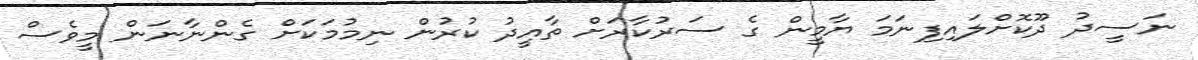
ނަސީދު ދޫކޮށްލައިފިނަމަ ޔާމީން ގެ ސަރުކާރަށް ތާއީދު ކުރުން ނިމުމަކަށް ގެންނާނަން މީވެސް